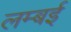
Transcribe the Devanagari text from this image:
लम्बई